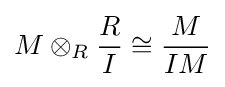
M\otimes _{R}{\frac {R}{I}}\cong {\frac {M}{IM}}